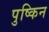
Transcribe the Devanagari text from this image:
पुष्किन